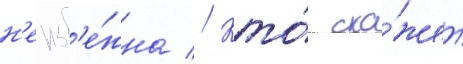
н'еизб'е́жна // Кто́ ска́жет